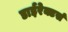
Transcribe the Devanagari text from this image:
डाईरेक्टर्स